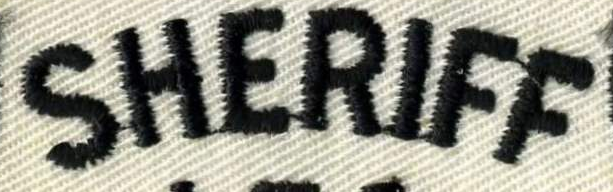
SHERIFF